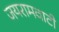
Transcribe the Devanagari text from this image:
जयरामवाटी